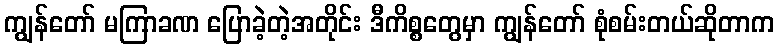
ကျွန်တော် မကြာခဏ ပြောခဲ့တဲ့အတိုင်း ဒီကိစ္စတွေမှာ ကျွန်တော် စုံစမ်းတယ်ဆိုတာက